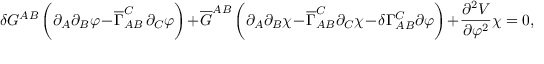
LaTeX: \delta G ^ { A B } \, \biggl ( \partial _ { A } \partial _ { B } \varphi - \overline { { { \Gamma } } } _ { A B } ^ { C } \, \partial _ { C } \varphi \biggr ) + \overline { { { G } } } ^ { A B } \, \biggl ( \partial _ { A } \partial _ { B } \chi - \overline { { { \Gamma } } } _ { A B } ^ { C } \partial _ { C } \chi - \delta \Gamma _ { A B } ^ { C } \partial \varphi \biggr ) + \frac { \partial ^ { 2 } V } { \partial \varphi ^ { 2 } } \chi = 0 ,